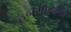
હબસીઓની